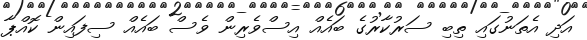
އަދި އެތަނުގައި ތިބި ސަރުކާރުގެ ބައެއް އިސްވެރިން ވެސް ބައެއް ސިފައިން ކޮއްޕާ